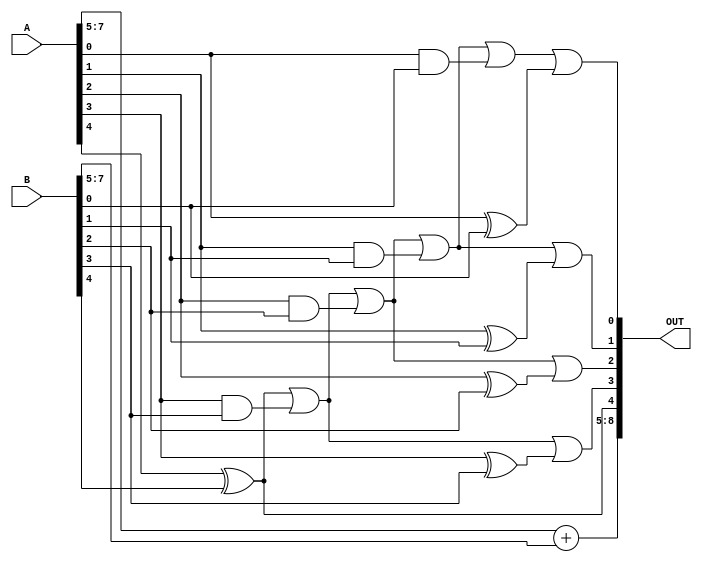
module eta1 #(
  parameter BIT_WIDTH=8,
  parameter K=5
)(
  input    [BIT_WIDTH-1:0] A,B,
  output   [BIT_WIDTH:0] OUT
);


  genvar i;
  generate
    if (K == 0) begin
      assign OUT = A + B;
    end
    else begin
      wire [K-1:0] P, G, SET_CMD;
      assign OUT[BIT_WIDTH:K] = A[BIT_WIDTH-1:K] + B[BIT_WIDTH-1:K];

      for (i = 0; i < K; i = i + 1)begin
        assign G[i] = A[i] & B[i];
        assign P[i] = A[i] ^ B[i];
      end

      assign SET_CMD[K-1] = P[K-1];

      for (i = 0; i <= K-2; i = i + 1)begin
        assign SET_CMD[i] = SET_CMD[i+1] | G[i];
      end

      for (i = 0; i <= K-1; i = i + 1)begin
        assign OUT[i] = SET_CMD[i] | P[i];
      end

    end
  endgenerate
endmodule // eta1